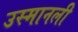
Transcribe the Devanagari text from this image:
उस्मानली